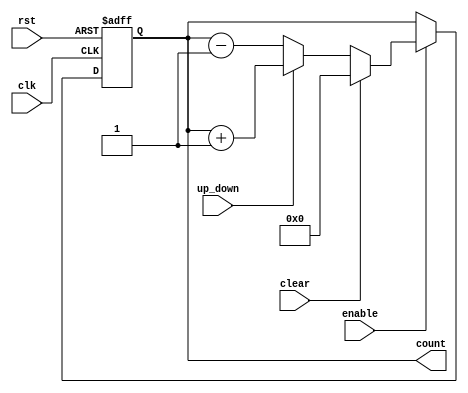
module up_down_counter (
    input wire clk,
    input wire rst,
    input wire up_down,
    input wire enable,
    input wire clear,
    output reg [7:0] count
);

always @(posedge clk or posedge rst) begin
    if (rst) begin
        count <= 8'b00000000; // Reset the counter to zero
    end else if (enable) begin
        if (clear) begin
            count <= 8'b00000000; // Clear the counter to zero
        end else begin
            if (up_down) begin
                count <= count + 1; // Increment the counter by one
            end else begin
                count <= count - 1; // Decrement the counter by one
            end
        end
    end
end

endmodule